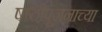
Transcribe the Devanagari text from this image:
षष्ठीपूजनाच्या